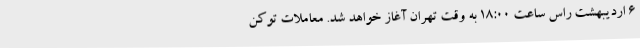
۶ اردیبهشت راس ساعت ۱۸:۰۰ به وقت تهران آغاز خواهد شد. معاملات توکن